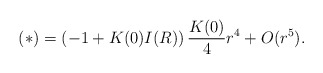
\begin{align*}(*) = \left( - 1 + K(0) I(R)\right) \frac{K(0)}{4} r^4 + O(r^5).\end{align*}